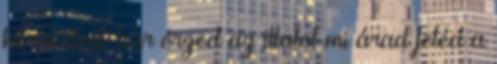
körülötted. bár érzed az illatot mi árad feléd a